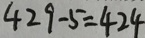
4 2 9 - 5 = 4 2 4